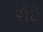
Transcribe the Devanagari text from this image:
रौंधे